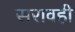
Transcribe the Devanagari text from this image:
सरावही